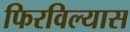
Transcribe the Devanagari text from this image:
फिरविल्यास